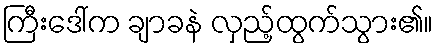
ကြီးဒေါ်က ချာခနဲ လှည့်ထွက်သွား၏။